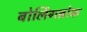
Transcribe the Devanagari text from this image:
बोर्लिगब्रोक